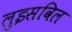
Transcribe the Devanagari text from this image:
लुइसविल